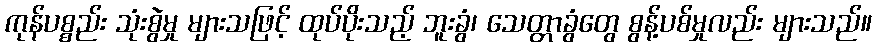
ကုန်ပစ္စည်း သုံးစွဲမှု များသဖြင့် ထုပ်ပိုးသည့် ဘူးခွံ၊ သေတ္တာခွံတွေ စွန့်ပစ်မှုလည်း များသည်။